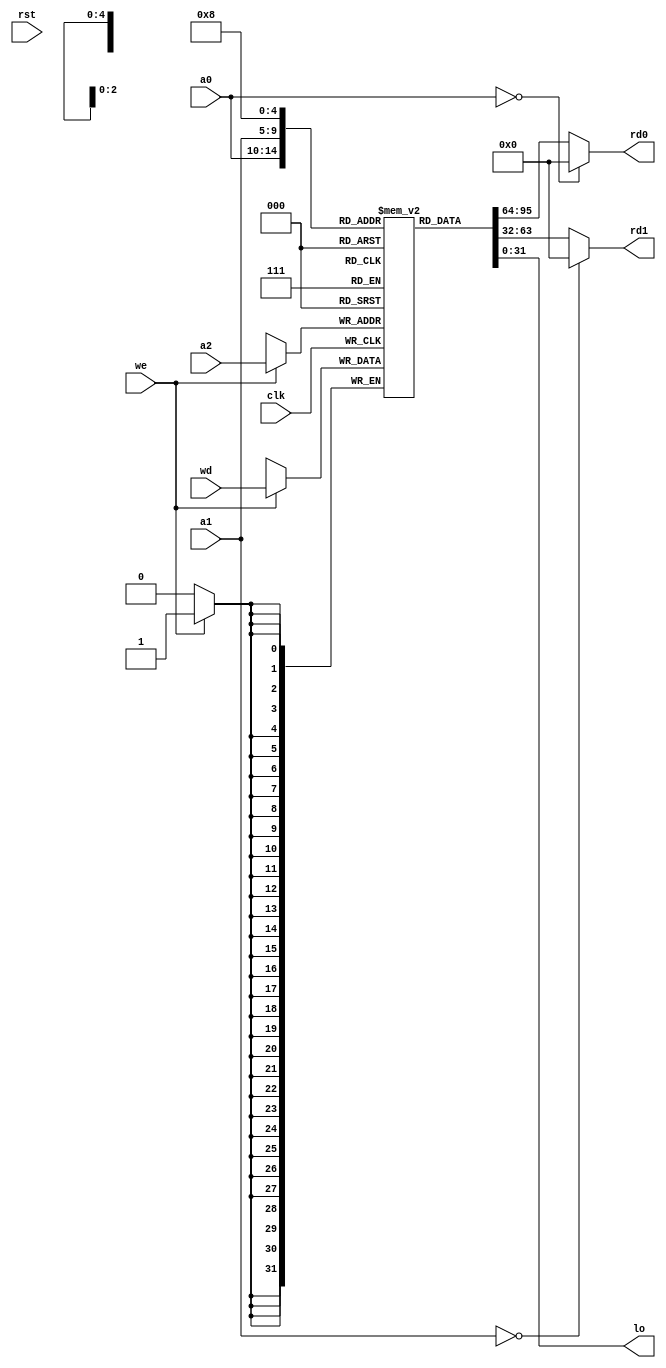
// This file is part of the umips project.
// Copyright (c) 2011 Ibrahim Abd Elkader <i.abdalkader@gmail.com> 
// See the file COPYING for copying permission.

module umips_register_file (
	input wire          clk,
	input wire          rst,
	input wire          we,
	input wire  [4:0]   a0,
	input wire  [4:0]   a1,
	input wire  [4:0]   a2,
	input wire  [31:0]  wd,
	output wire [31:0]  rd0,
	output wire [31:0]  rd1,
    output wire [31:0]  lo
);
	reg [31:0] regs[31:0];
	
    integer i;	
	initial begin			
		for(i=0; i<32; i=i+1)
			regs[i] <=0;
        //regs[28] <= 32'h00004000;//gp
        regs[29] <= 32'h00003FF4; //sp
	end
			
	always @(posedge clk)
		if (we) begin
			regs[a2] <= wd;
        end
			
    //Zero register
	assign rd0 = (a0 == 4'b0) ? 0: regs[a0];
	assign rd1 = (a1 == 4'b0) ? 0: regs[a1];
    
    //LOW register
    assign lo = regs[5'b01000];
endmodule